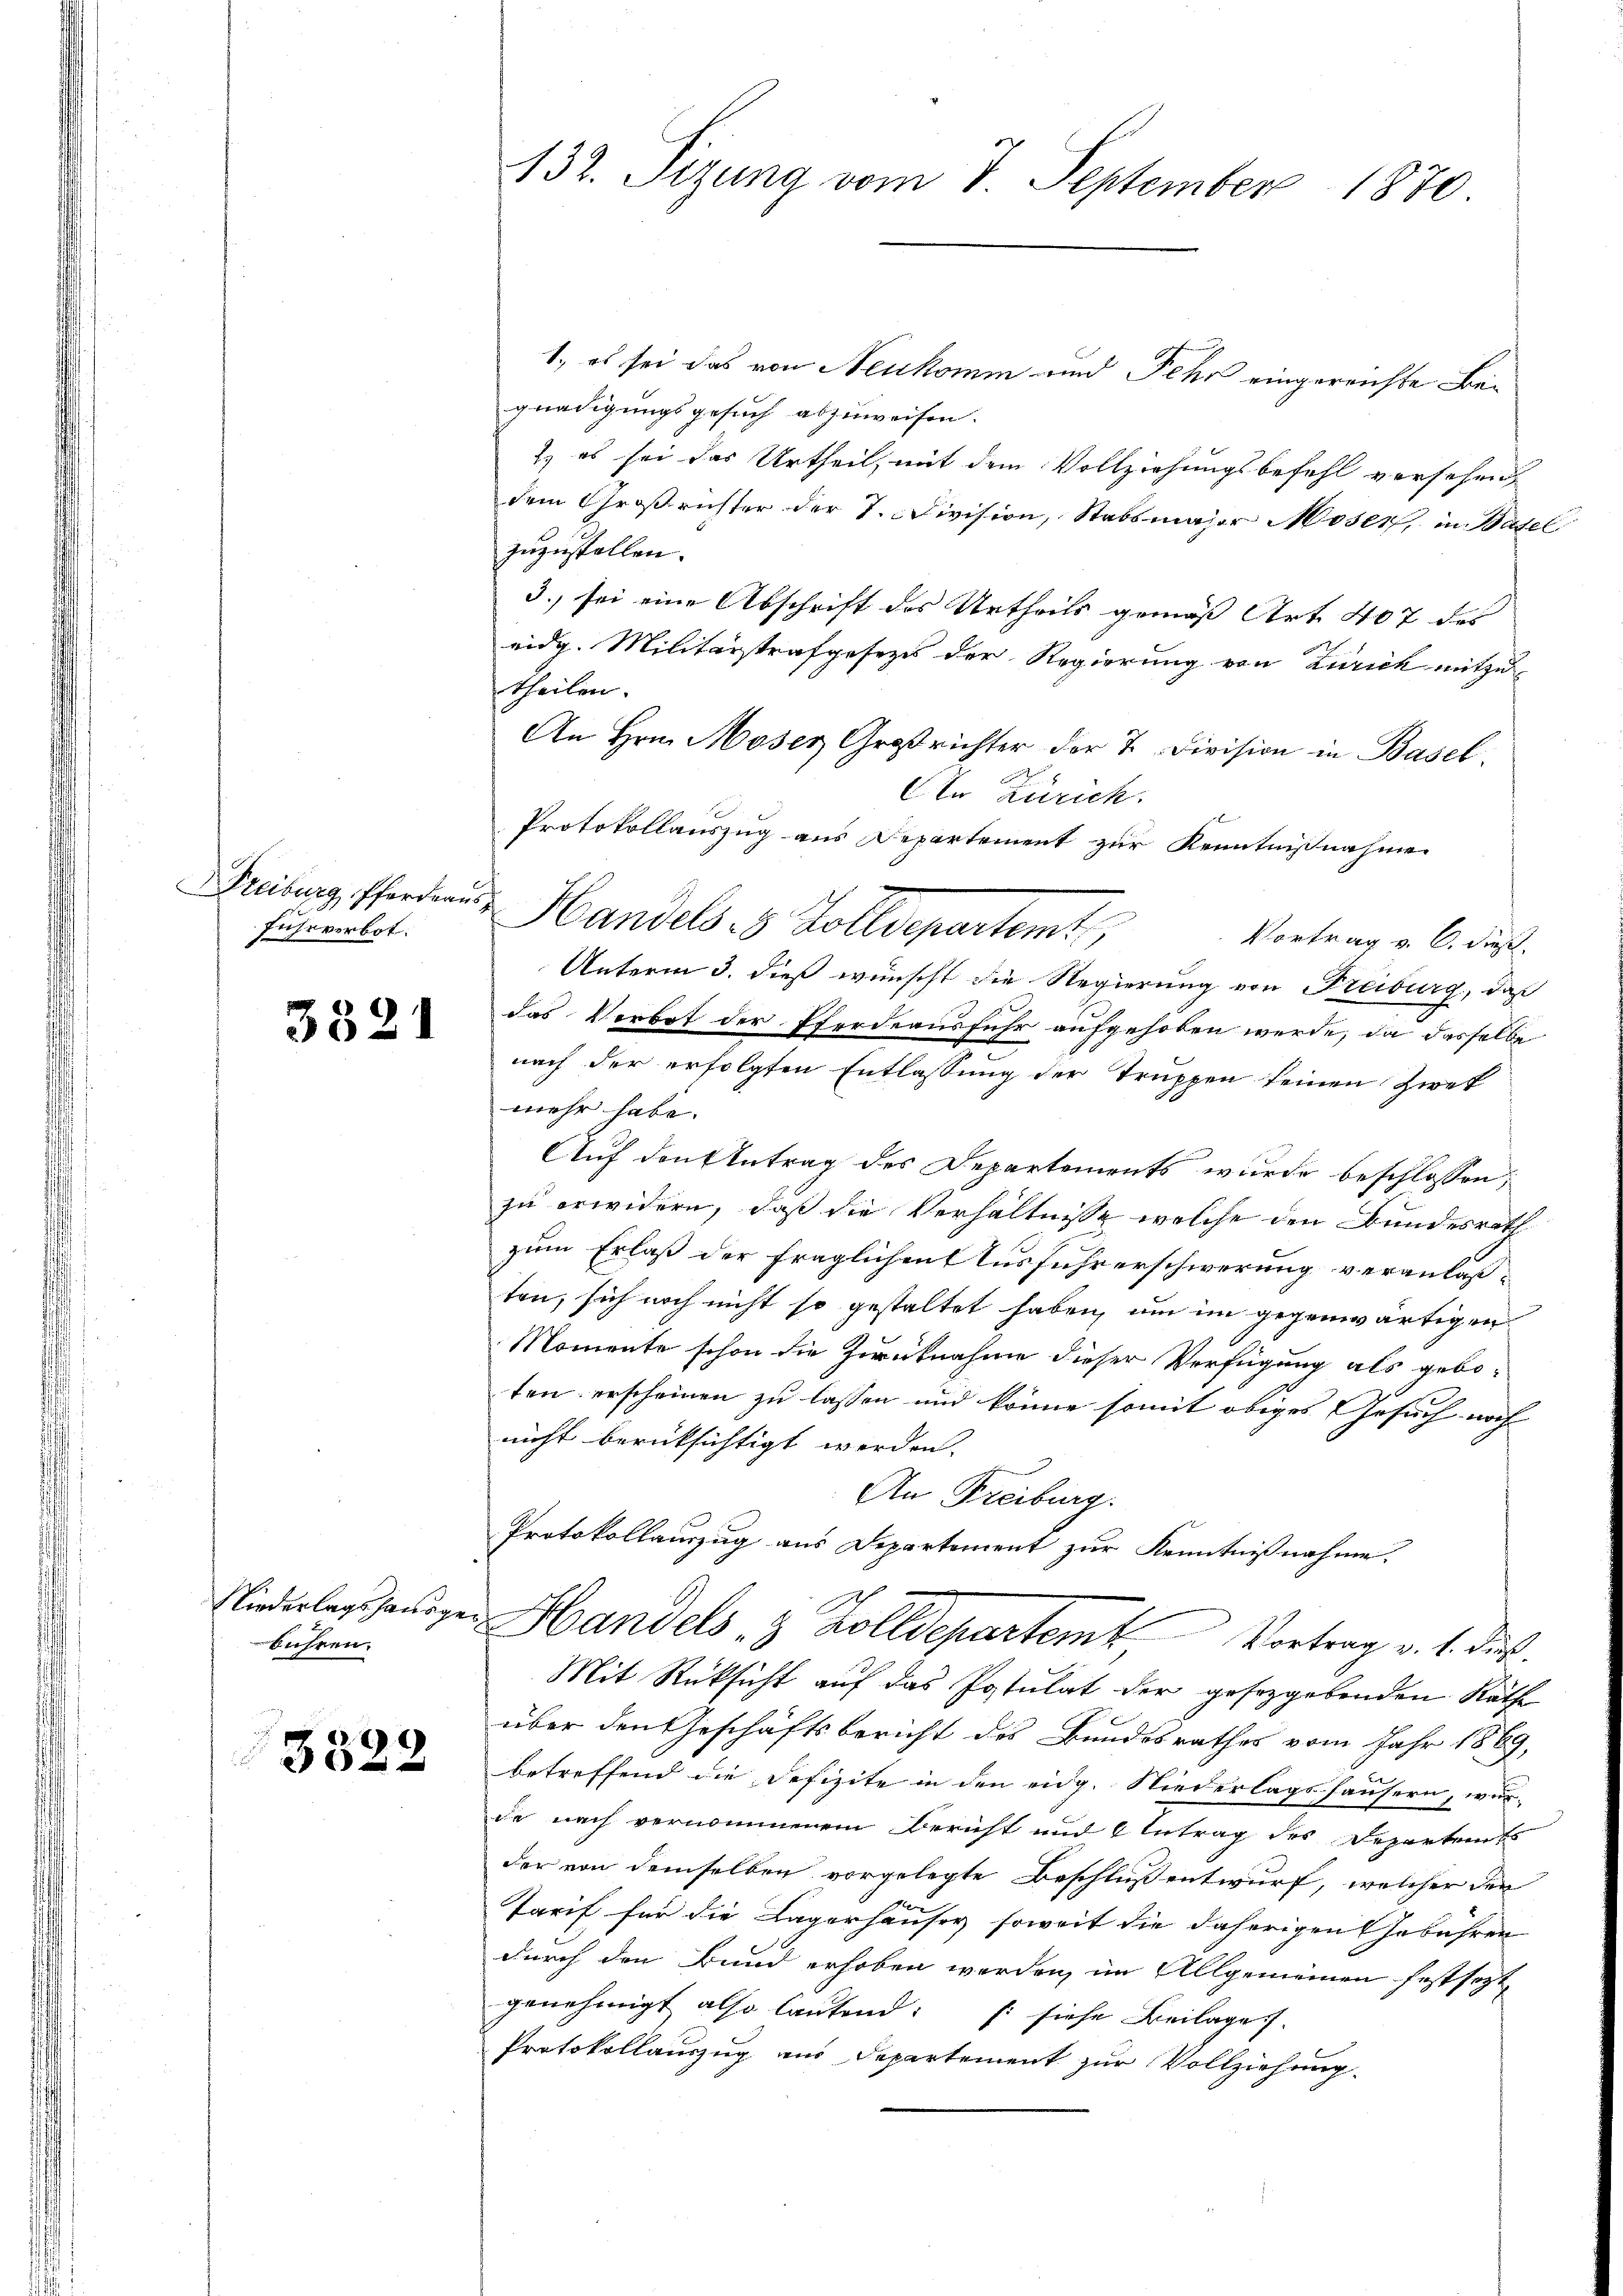
fuhrverbot.

3521

liederlagshenlage
bühren.

3322

132. Sizung vom 7. September 1870

1., es sei das von Neukomm und Fehr eingereichte Begnadigungsgesuch abzuweisen.
2) es sei das Urtheil, mit dem Vollziehungsbefehl versehen,
dem Großrichter der 7. Division, Stabsmajor Moser, in Basel
zuzustellen.
3. sei eine Abschrift des Urtheils gemäß Art. 407 des
eidg. Militärstrafgesezes der Regierung von Zürich mitzu
theilen.
An Hrn. Moser Großrichter der 7. Division in Basel.
An Zürich.
Protokollauszug aus Departement zur Kenntnißnahme
Vortrag v. 6. dies
Unterm 3. dieß wünscht die Regierung von Freiburg, daß
das Verbot der Pferdeausfuhr aufgehoben werde, da dasselbe
nach der erfolgten Entlassung der Truppen seinen Zwek
mehr habe.
Auf den Antrag des Departements wurde beschlossen,
zu erwidern, daß die Verhältnisse welche den Bundesrath
zum Erlaß der fraglichen Ausführerschwerung veranlaßten, sich noch nicht so gestaltet haben, um im gegenwärtigen
Momente schon die Zurücknahme dieser Verfügung als geboten erscheinen zu lassen und könne somit obiges Gesuch noch
nicht berüksichtigt werden.
An Freiburg.
Protokollauszug aus Departement zur Kenntnißnahme.
Handels- & Zolldepartem Vortrag v. 1. die
Mit Rücksicht auf das Postulat der gesetzgebenden Räthe
über den Geschäftsbericht des Bundesrathes vom Jahr 1869,
betreffend die Defizite in den eidg. Niederlagshäusern, wur-
de nach vernommenem Bericht und Antrag des Departendes
der von demselben vorgelegte Beschluß entwurf, welcher den
Tarif für die Lagerhäuser soweit die daherigen Gebühren
durch den Bund erhoben werden, im Allgemeinen festsezt
genehmigt also lautend: f: siehe Beilages
Protokollanzug aus Departement zur Vollziehung.

Freiburg, Pferden Handels- & Zolldepartemt,